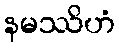
နမဿိဟံ